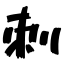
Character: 刺